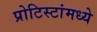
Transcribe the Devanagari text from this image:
प्रोटिस्टांमध्ये